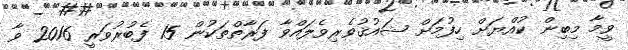
ވީމާ މިބިން ކުއްޔަށް ހިފުމަށް ޝައުޤުވެރިވެލައްވާ ފަރާތްތަކުން 15 ފެބުރުވަރީ 2016 ވާ